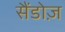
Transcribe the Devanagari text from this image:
सैंडोज़